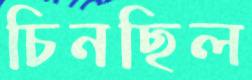
চিনছিল